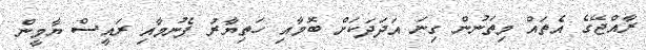
ރާއްޖޭގެ އެތައް މިތަނުން ގިނަ އަދަދަކަށް ބޮމާއި ހަތިޔާރު ފެނުމާއި ރައީސް ޔާމީން